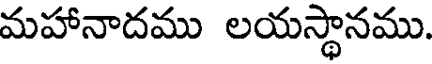
మహానాదము లయస్థానము.